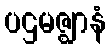
ပဌမဇ္ဈာနံ